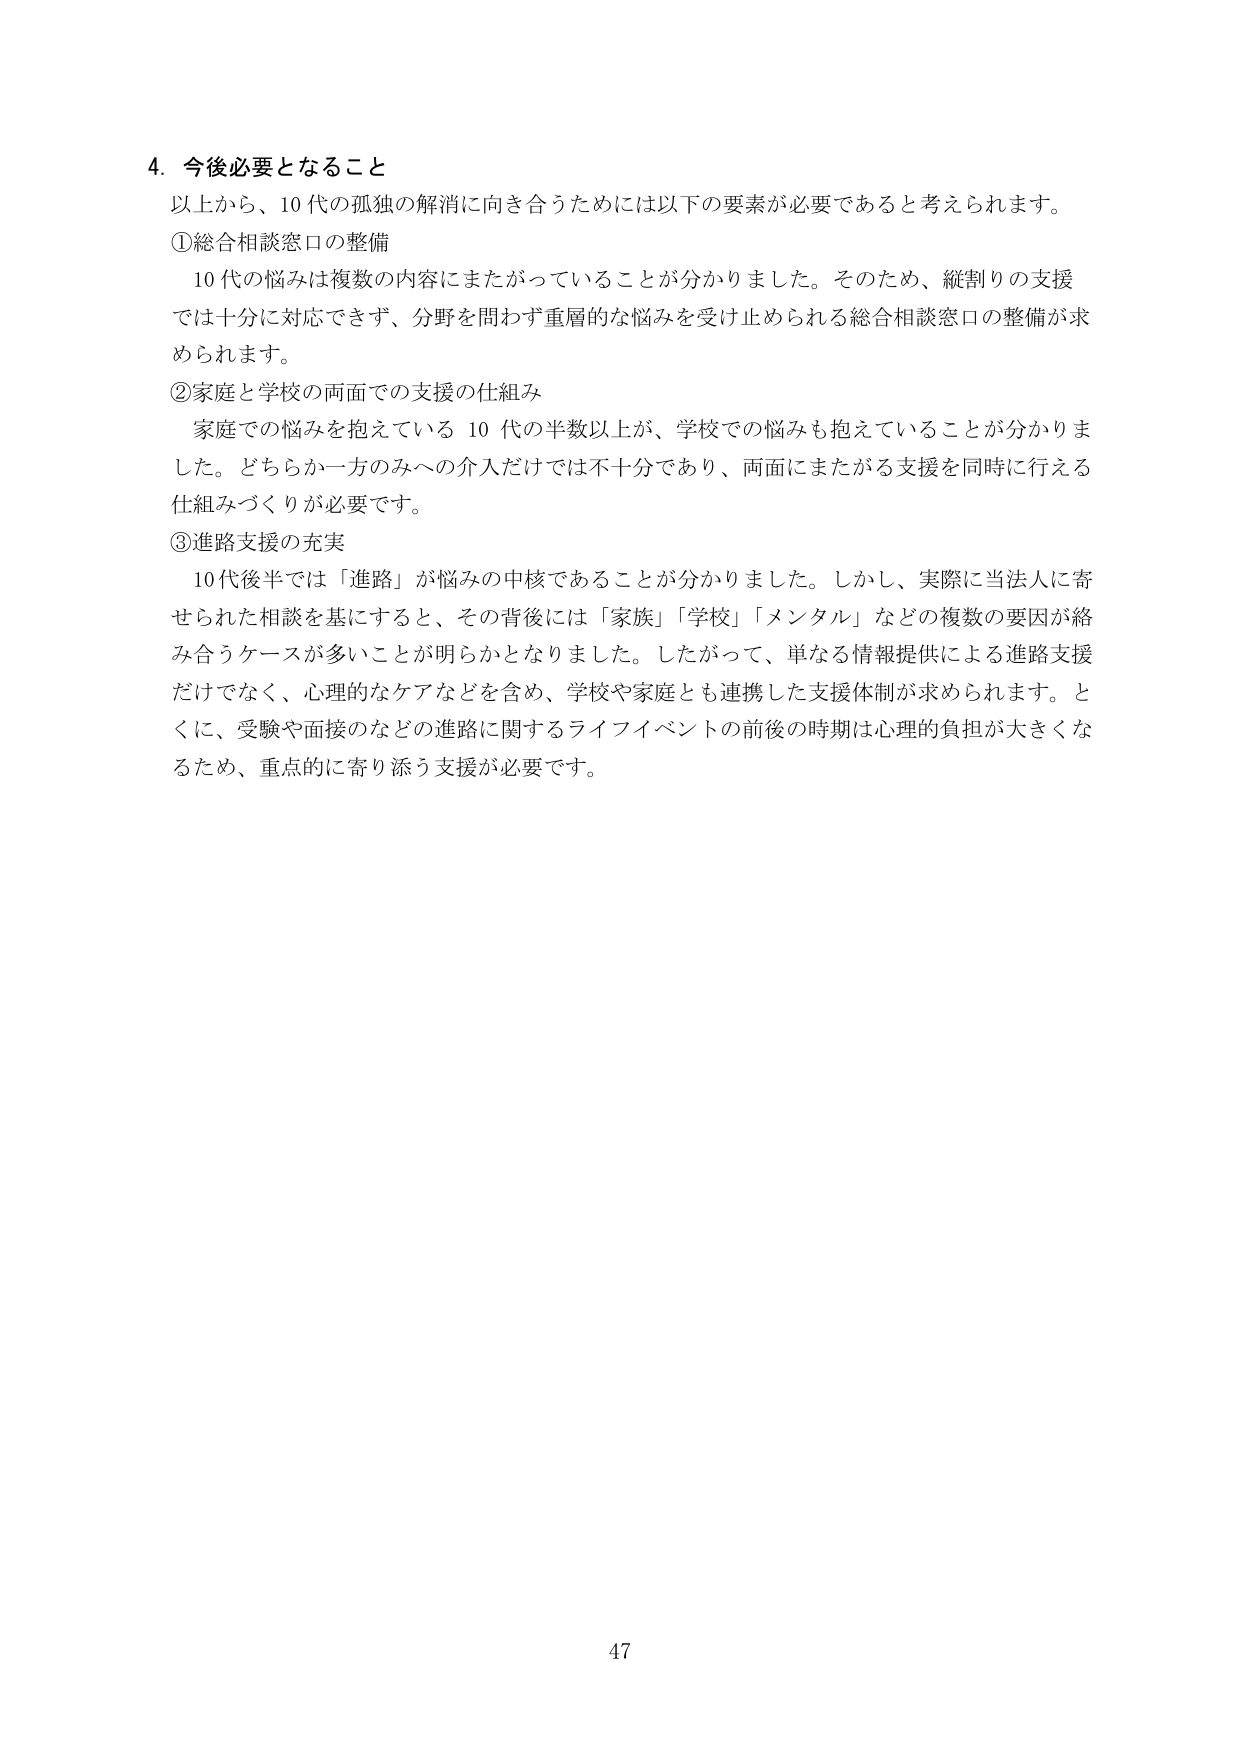
4. 今後必要となること
以上から、10代の孤独の解消に向き合うためには以下の要素が必要であると考えられます。
①総合相談窓口の整備
　10代の悩みは複数の内容にまたがっていることが分かりました。そのため、縦割りの支援では十分に対応できず、分野を問わず重層的な悩みを受け止められる総合相談窓口の整備が求められます。
②家庭と学校の両面での支援の仕組み
　家庭での悩みを抱えている10代の半数以上が、学校での悩みも抱えていることが分かりました。どちらか一方のみへの介入だけでは不十分であり、両面にまたがる支援を同時に行える仕組みづくりが必要です。
③進路支援の充実
　10代後半では「進路」が悩みの中核であることが分かりました。しかし、実際に当法人に寄せられた相談を基にすると、その背後には「家族」「学校」「メンタル」などの複数の要因が絡み合うケースが多いことが明らかとなりました。したがって、単なる情報提供による進路支援だけでなく、心理的なケアなどを含め、学校や家庭とも連携した支援体制が求められます。とくに、受験や面接などの進路に関するライフイベントの前後の時期は心理的負担が大きくなるため、重点的に寄り添う支援が必要です。
47